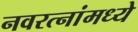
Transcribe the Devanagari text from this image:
नवरत्‍नांमध्ये